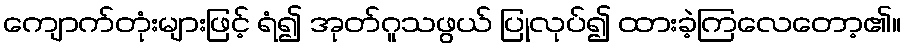
ကျောက်တုံးများဖြင့် ရံ၍ အုတ်ဂူသဖွယ် ပြုလုပ်၍ ထားခဲ့ကြလေတော့၏။